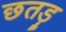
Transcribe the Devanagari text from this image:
छतड़ू